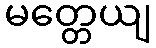
မတ္တေယျ